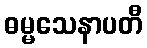
ဓမ္မသေနာပတီ